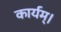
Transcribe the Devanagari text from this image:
कार्यम्।